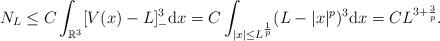
LaTeX: \begin{align*}N_L \leq C\int_{\mathbb R^3}[V(x)-L]_{-}^{3}{\rm d}x = C\int_{|x|\leq L^{\frac{1}{p}}}(L-|x|^p)^{3}{\rm d}x = CL^{3+\frac{3}{p}}.\end{align*}